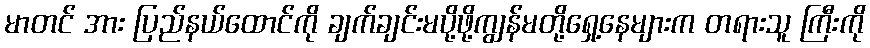
မာတင် အား ပြည်နယ်ထောင်ကို ချက်ချင်းမပို့ဖို့ကျွန်မတို့ရှေ့နေများက တရားသူ ကြီးကို